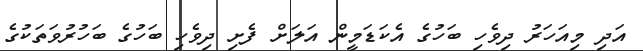
އަދި މިއަހަރު ދިވެހި ބަހުގެ އެކަޑަމީން އަލަށް ފެށި ދިވެހި ބަހުގެ ބަހުރުވަތަކުގެ